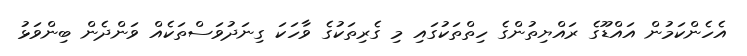
އެހެންކަމުން އައްޑޫގެ ރައްޔިތުންގެ ހިތްތަކުގައި މި ގެރިތަކުގެ ވާހަކަ ގިނަދުވަސްތަކެއް ވަންދެން ބިންވަޅު